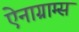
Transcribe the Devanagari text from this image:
ऐनाग्राम्स